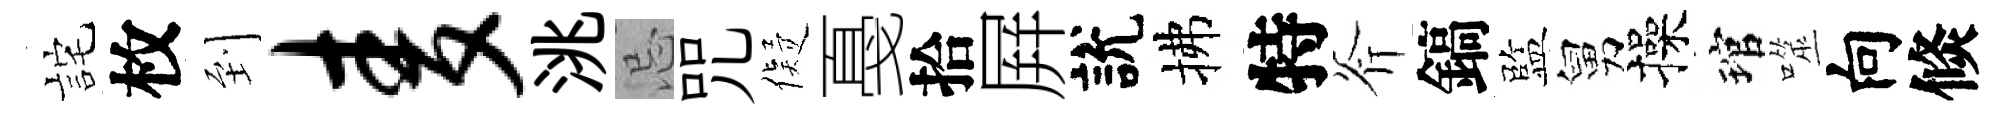
詫枚到麦洮忌咒儗戞拾屛說拂特斧鎬監舅操琯噬向倐